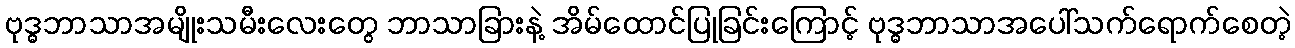
ဗုဒ္ဓဘာသာအမျိုးသမီးလေးတွေ ဘာသာခြားနဲ့ အိမ်ထောင်ပြုခြင်းကြောင့် ဗုဒ္ဓဘာသာအပေါ်သက်ရောက်စေတဲ့